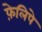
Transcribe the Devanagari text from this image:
फ़ेलिपे